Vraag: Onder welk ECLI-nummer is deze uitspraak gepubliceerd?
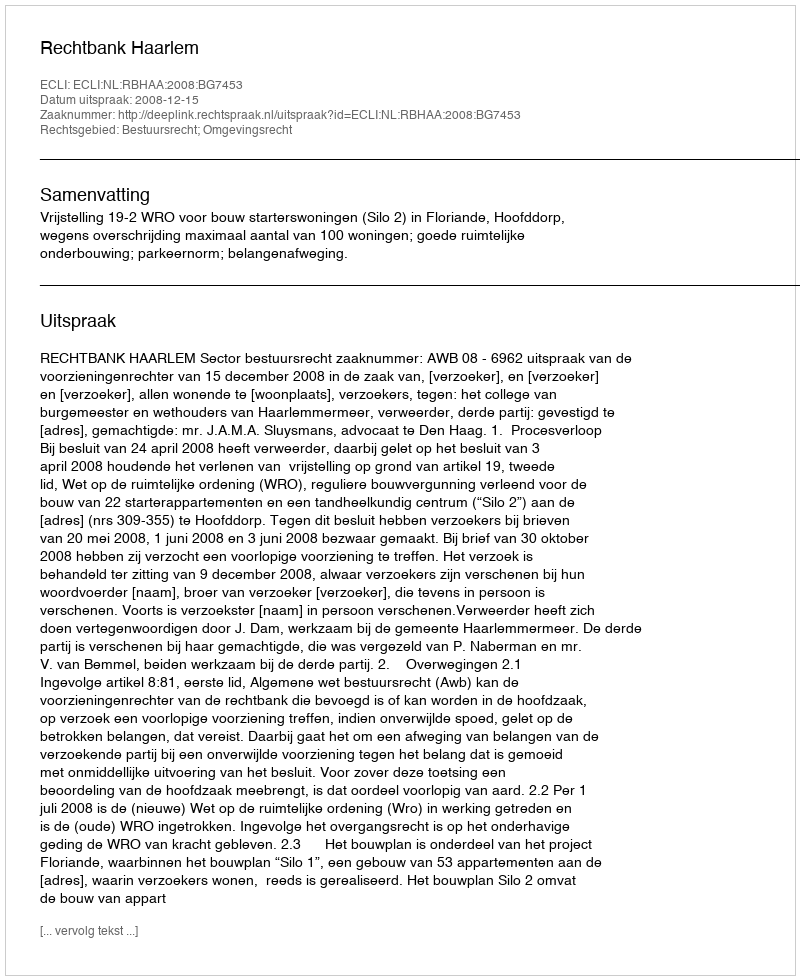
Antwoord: ECLI:NL:RBHAA:2008:BG7453